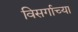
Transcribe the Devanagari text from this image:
विसर्गाच्या